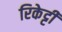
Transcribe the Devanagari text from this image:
रिकेट्टी